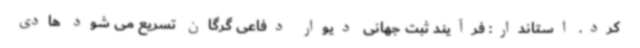
کرد. استاندار: فرآیند ثبت جهانی دیوار دفاعی گرگان تسریع می شود هادی